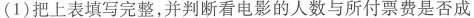
(1)把上表填写完整，并判断看电影的人数与所付票费是否成